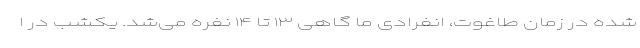
شده در زمان طاغوت، انفرادی ما گاهی ۱۳ تا ۱۴ نفره می‌شد. یکشب در ا